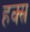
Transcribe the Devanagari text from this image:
हक्स्र